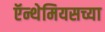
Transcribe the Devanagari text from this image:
ऍन्थेमियसच्या